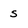
Character: s